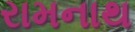
રામનાથ